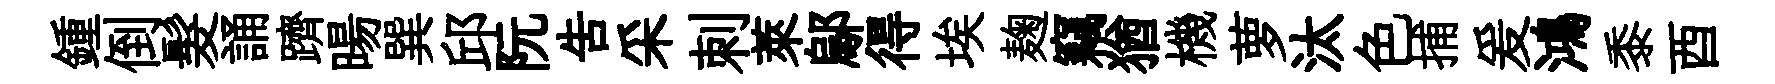
鍾倒髮誦躋暘巽邱阮告采刺萊鄔得埃麹竊猶機萝汰色捕爰鴻黍酉